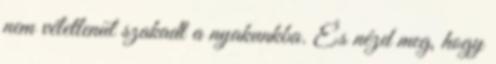
nem véletlenül szakadt a nyakunkba. És nézd meg, hogy